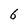
Character: 6